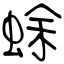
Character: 蜍